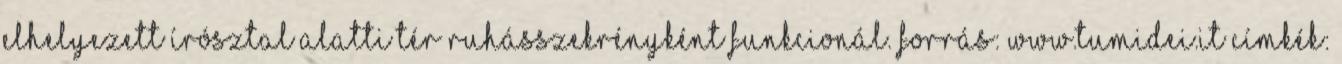
elhelyezett írósztal alatti tér ruhásszekrényként funkcionál. Forrás: www.tumidei.it Címkék: